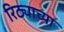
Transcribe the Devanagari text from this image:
रिठ्याच्या